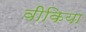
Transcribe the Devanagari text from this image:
वीकिया